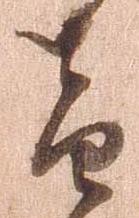
音